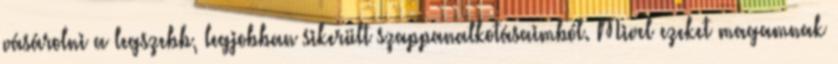
vásárolni a legszebb, legjobban sikerült szappanalkotásaimból. Mivel ezeket magamnak